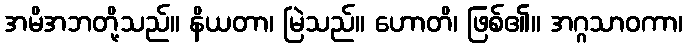
အမိအဘတို့သည်။ နိယတာ၊ မြဲသည်။ ဟောတိ၊ ဖြစ်၏။ အဂ္ဂသာဝကာ၊